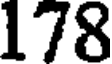
178